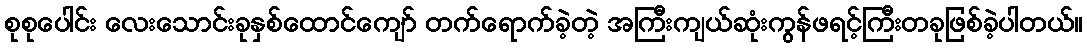
စုစုပေါင်း လေးသောင်းခုနှစ်ထောင်ကျော် တက်ရောက်ခဲ့တဲ့ အကြီးကျယ်ဆုံးကွန်ဖရင့်ကြီးတခုဖြစ်ခဲ့ပါတယ်။